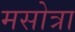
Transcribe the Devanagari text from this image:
मसोत्रा